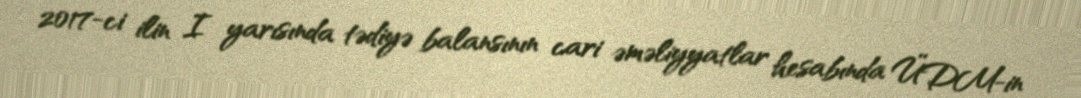
2017-ci ilin I yarısında tədiyə balansının cari əməliyyatlar hesabında ÜDM-in